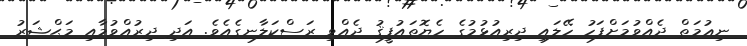
ނިޢުމަތް ދެއްވުމަށްފަހު ހޭލައި ދިރިއުޅުމުގެ ހެޔޮތައުފީޤު ދެއްވި ރަސްކަލާނގެއެވެ. އަދި ދިރުއްވުމާއި މަޙްޝަރު